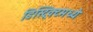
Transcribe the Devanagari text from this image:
डिस्ट्रिक्टमध्ये